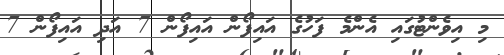
މި އިވެންޓުގައި އެންމެ ފަހުގެ އައިފޯން އައިފޯން 7 އަދި އައިފޯން 7